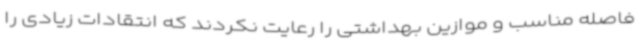
فاصله مناسب و موازین بهداشتی را رعایت نکردند که انتقادات زیادی را